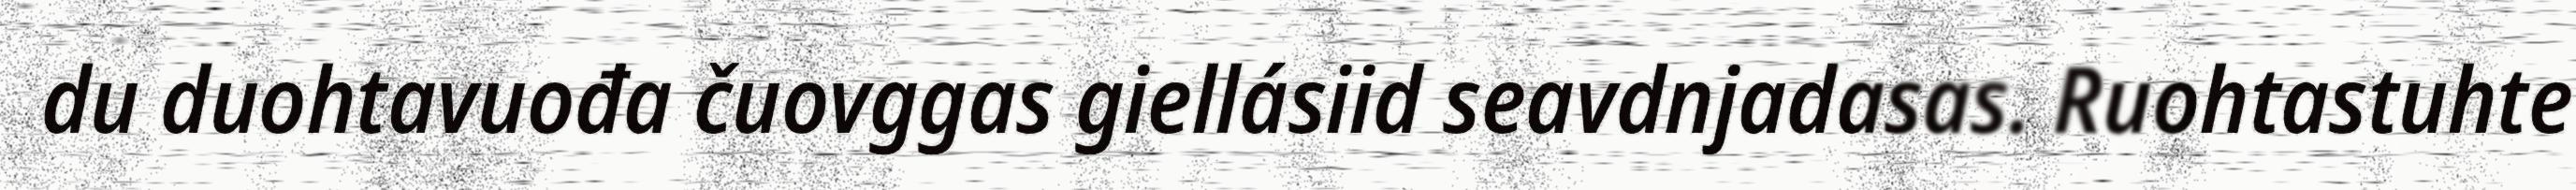
du duohtavuođa čuovggas giellásiid seavdnjadasas. Ruohtastuhte